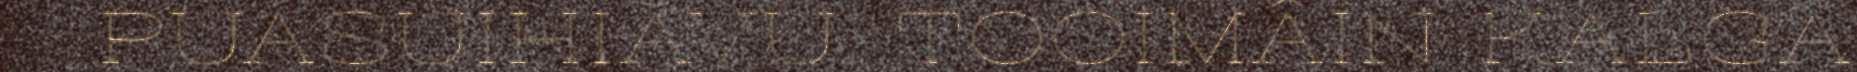
PUÁSUIHIÄVU. TOOIMÂIN KALGA